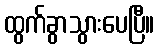
ထွက်ခွာသွားပေပြီ။